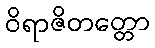
ဝိရာဇိတတ္တော